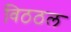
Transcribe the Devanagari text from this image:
विठठल